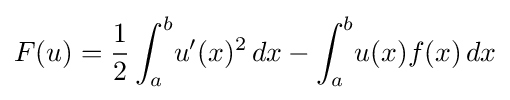
F(u)={\frac {1}{2}}\int _{a}^{b}\!u'(x)^{2}\,dx-\int _{a}^{b}\!u(x)f(x)\,dx